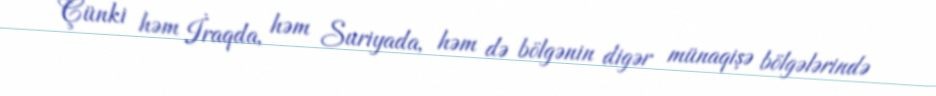
Çünki həm İraqda, həm Suriyada, həm də bölgənin digər münaqişə bölgələrində